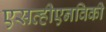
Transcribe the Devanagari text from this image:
एसव्हीएनविकी